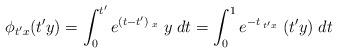
LaTeX: \begin{align*}\phi_{t'x}(t'y) = \int_0^{t'} e^{(t-t')\;_{x}}\;y\;dt = \int_0^1 e^{-t\;_{t'x}}\;(t'y)\;dt\end{align*}